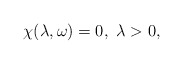
\begin{align*}\chi(\lambda,\omega)=0,~\lambda>0,\end{align*}